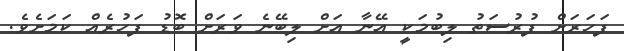
ފަހަރަށް ފުރުސަތު ލިބުމަކީ އޭނާ އަށް ލިބޭނެ ވަރަށް ބޮޑު ފަހުރެއް ކަމަށެވެ.